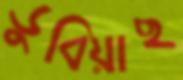
ডুবিয়াছ